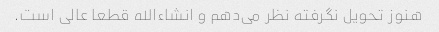
هنوز تحویل نگرفته نظر می‌دهم و انشاءالله قطعا عالی است.